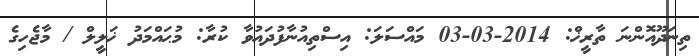
ތިނަދޫއޮންނަ ތާރީޚް: 2014-03-03 މައްސަލަ: އިސްތިއުނާފުދައުވާ ކުރާ: މުޙައްމަދު ޚަލީލް / މާޖެހިގެ